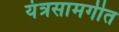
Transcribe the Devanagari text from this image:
यंत्रसामगीत